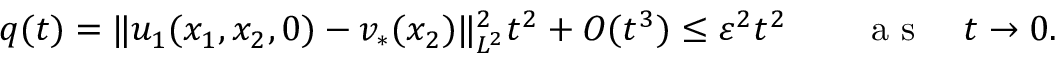
q ( t ) = \| u _ { 1 } ( x _ { 1 } , x _ { 2 } , 0 ) - v _ { * } ( x _ { 2 } ) \| _ { L ^ { 2 } } ^ { 2 } t ^ { 2 } + O ( t ^ { 3 } ) \leq \varepsilon ^ { 2 } t ^ { 2 } \qquad \mathrm { ~ a ~ s ~ } \quad t \to 0 .